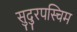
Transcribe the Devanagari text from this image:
सुदुरपस्चिम